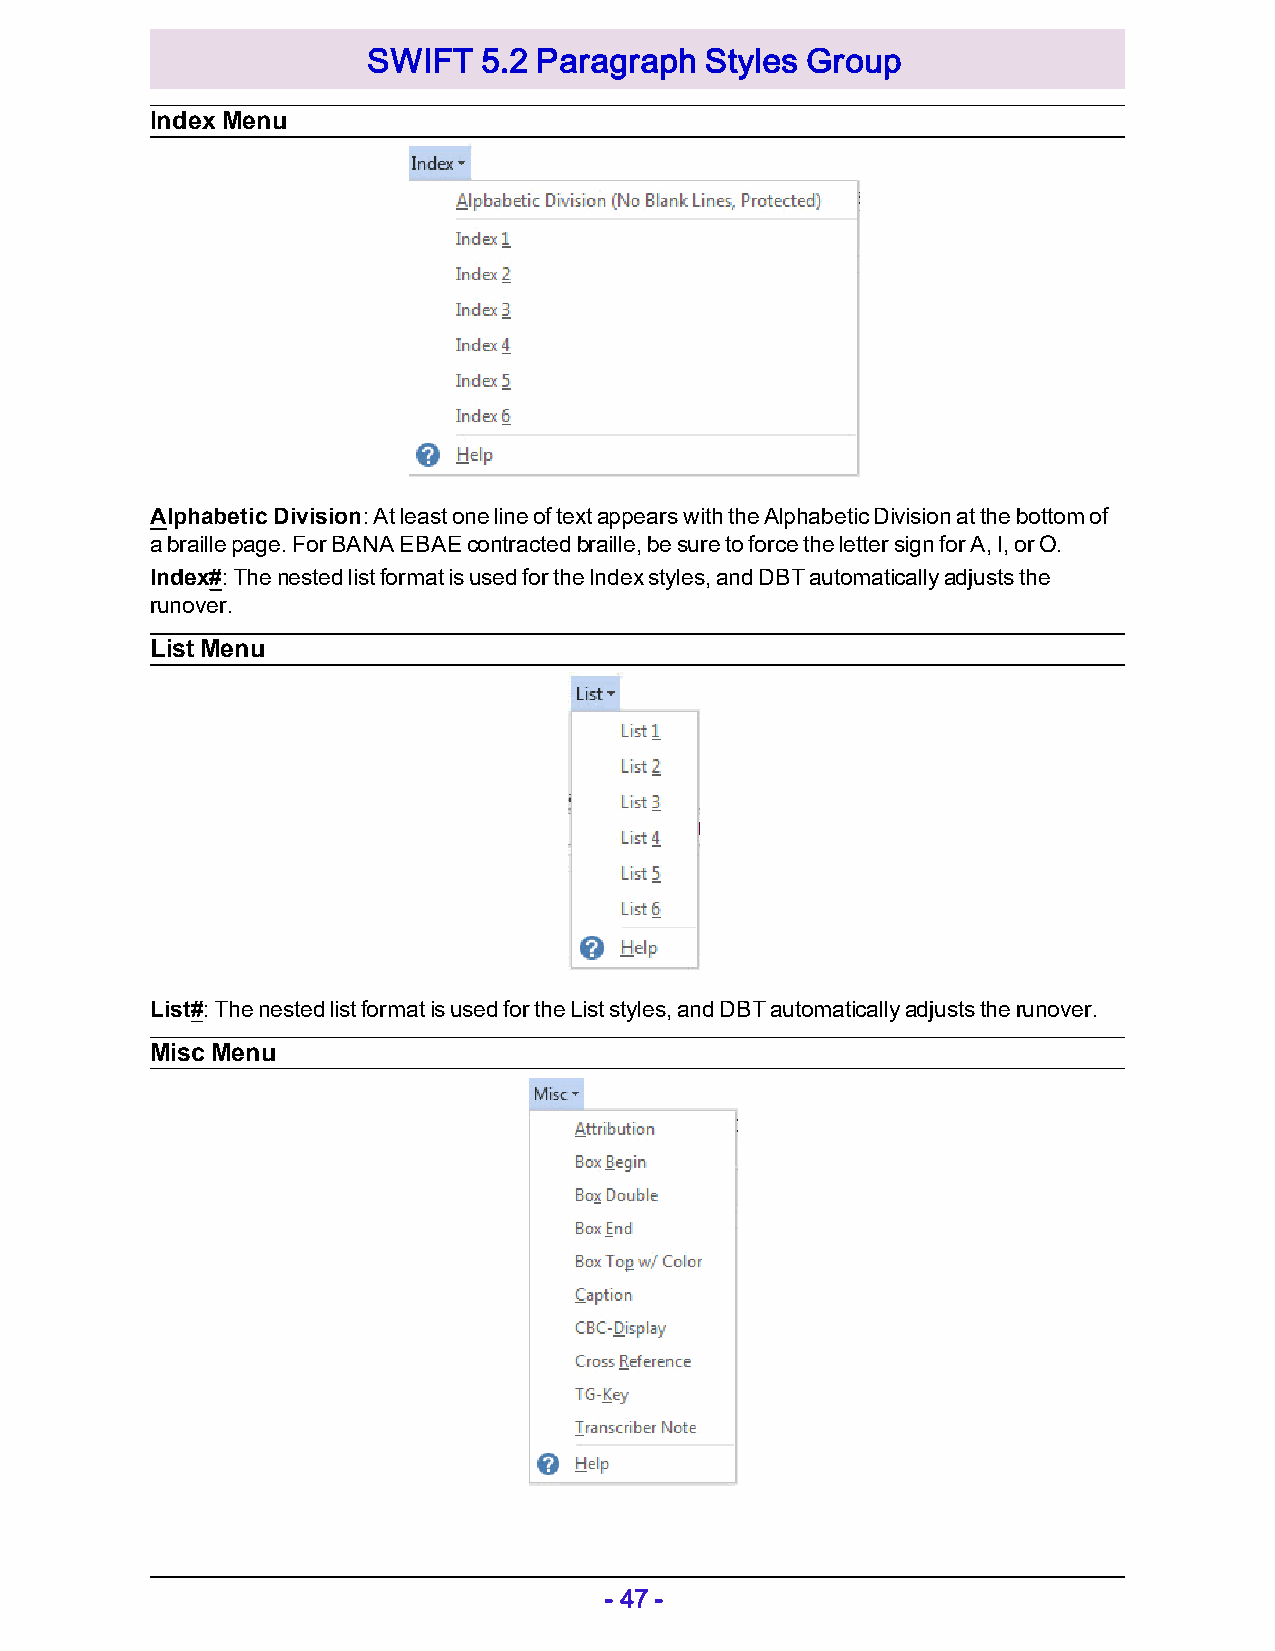
SWIFT   5.2 Paragraph  Styles Group
 Index Menu
 Alphabetic Division: At least one line of text appears with the Alphabetic Division at the bottom of
 a braille page. For BANA EBAE contracted braille, be sure to force the letter sign for A, I, or O.
 Index#: The nested list format is used for the Index styles, and DBT automatically adjusts the
 runover.
 List Menu
 List#: The nested list format is used for the List styles, and DBT automatically adjusts the runover.
 Misc Menu
 - 47 -